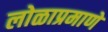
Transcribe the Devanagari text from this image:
लोळाप्रमाणे